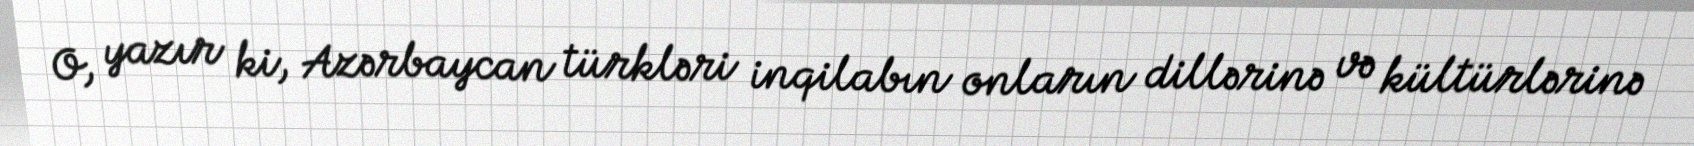
O, yazır ki, Azərbaycan türkləri inqilabın onların dillərinə və kültürlərinə